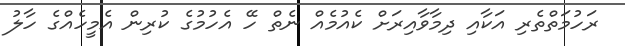
ރަހުމަތްތެރި އަކާއި ދިިމާވާއިރަށް ކެއުމެއް ނެތް ހޭ އެހުމުގެ ކުރިން އެމީހެއްގެ ހާލު